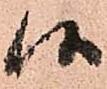
候